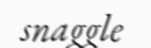
snaggle